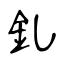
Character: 釓